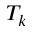
T _ { k }